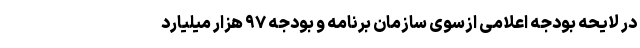
در لایحه بودجه اعلامی ازسوی سازمان برنامه و بودجه ۹۷ هزار میلیارد